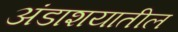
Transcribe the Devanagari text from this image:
अंडाशयातील